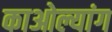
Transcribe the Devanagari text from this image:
काओल्यांग